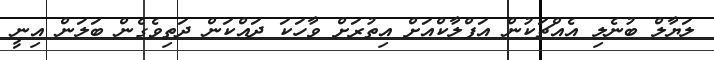
ލަޔާލް ބުނެލި އެއްޗަކުން އަފްލާކްއަށް އިތުރަށް ވާހަކަ ދައްކަން ދަތިވެގެން ބަލަން އިނީ